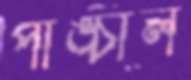
পাঙ্চাল